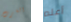
الغرب أعلم